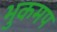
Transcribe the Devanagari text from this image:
भुकमप